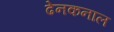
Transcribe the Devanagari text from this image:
ढेनकनाल